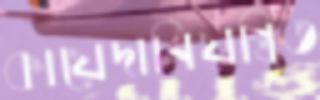
কায়েদানিয়ন্ত্রিত